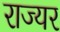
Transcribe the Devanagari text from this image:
राज्यर